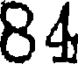
84